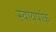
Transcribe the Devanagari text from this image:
स्वायपांक